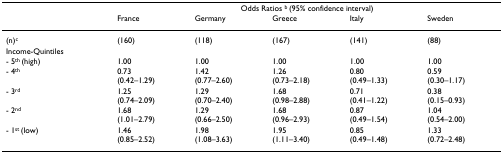
|  | <COLSPAN=5> Odds Ratios b (95% confidence interval) |
 |  | France | Germany | Greece | Italy | Sweden |
 | --- | --- | --- | --- | --- | --- |
 | (n)c | (160) | (118) | (167) | (141) | (88) |
 | Income-Quintiles |  |  |  |  |  |
 | - 5th (high) | 1.00 | 1.00 | 1.00 | 1.00 | 1.00 |
 | - 4th | 0.73(0.42–1.29) | 1.42(0.77–2.60) | 1.26(0.73–2.18) | 0.80(0.49–1.33) | 0.59(0.30–1.17) |
 | - 3rd | 1.25(0.74–2.09) | 1.29(0.70–2.40) | 1.68(0.98–2.88) | 0.71(0.41–1.22) | 0.38(0.15–0.93) |
 | - 2nd | 1.68(1.01–2.79) | 1.29(0.66–2.50) | 1.68(0.96–2.93) | 0.87(0.49–1.54) | 1.04(0.54–2.00) |
 | - 1st (low) | 1.46(0.85–2.52) | 1.98(1.08–3.63) | 1.95(1.11–3.40) | 0.85(0.49–1.48) | 1.33(0.72–2.48) |